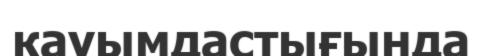
кауымдастығында